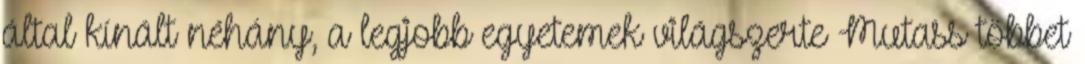
által kínált néhány, a legjobb egyetemek világszerte Mutass többet